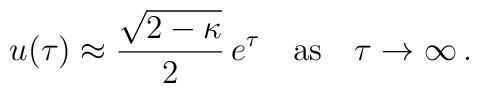
u(\tau) \approx  {\sqrt{2-\kappa}\over 2}\, e^\tau \quad {\rm as} \quad \tau\rightarrow\infty\,.